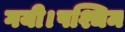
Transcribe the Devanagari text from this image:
गयी।पश्चिम